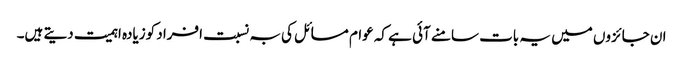
ان جائزوں میں یہ بات سامنے آئی ہے کہ عوام مسائل کی بہ نسبت افراد کوزیادہ اہمیت دیتے ہیں۔